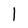
Character: 1